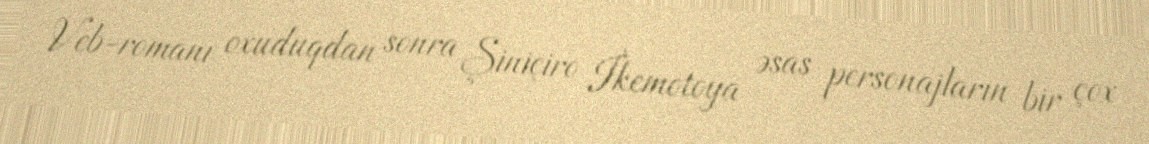
Veb-romanı oxuduqdan sonra Şiniçiro İkemotoya əsas personajların bir çox